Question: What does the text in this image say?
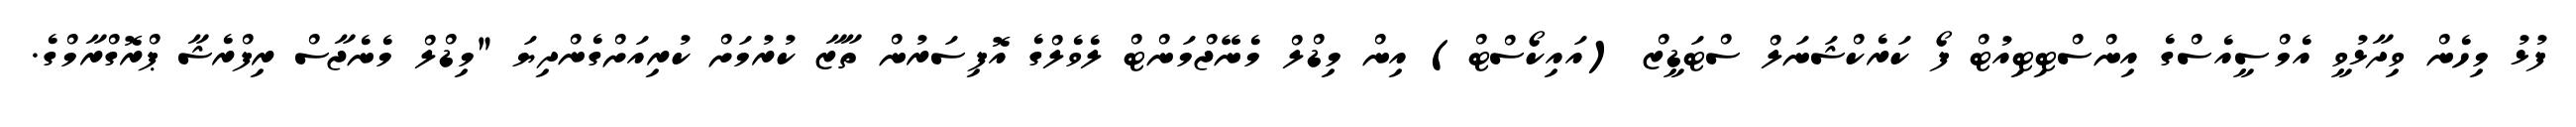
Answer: ފުޅު މިހެން ވިދާޅުވީ އެމްސީއެސްގެ އިންސްޓިޓިއުޓް ފޯ ކަރެކްޝަނަލް ސްޓަޑީޒް (އައިކޯސްޓް) އިން މިޑްލް މެނޭޖްމަންޓް ލެވެލްގެ އޮފިސަރުން ތާޒާ ކުރުމަށް ކުރިއަށްގެންދިޔަ "މިޑްލް މެނެޖާސް ރިފްރެޝާ ޕްރޮގްރާމްގެ.